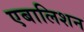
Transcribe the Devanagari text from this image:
एबालिशन